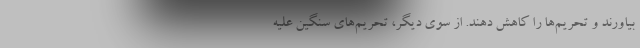
بیاورند و تحریم‌ها را کاهش دهند. از سوی دیگر، تحریم‌های سنگین علیه